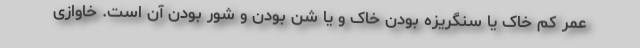
عمر کم خاک یا سنگریزه بودن خاک و یا شن بودن و شور بودن آن است. خاوازی